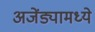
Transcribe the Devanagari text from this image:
अजेंड्यामध्ये